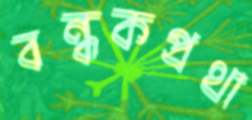
বন্ধকপ্রথা